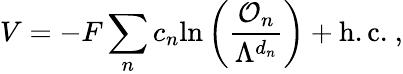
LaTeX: V=-F\sum_{n}c_{n}\mathrm{ln}\left(\frac{{\cal O}_{n}}{\Lambda^{d_{n}}}\right)+\mathrm{h.c.}\ ,